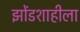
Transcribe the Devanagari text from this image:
झोंडशाहीला